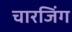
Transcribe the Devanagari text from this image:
चारजिंग